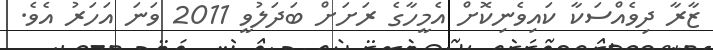
ޒާރާ ދިވެއްސަކާ ކައިވެނިކޮށް އެމީހާގެ ރަށަށް ބަދަލުވީ 2011 ވަނަ އަހަރު އެވެ.